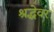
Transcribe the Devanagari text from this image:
श्रद्धेवर